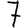
Digit: 7